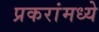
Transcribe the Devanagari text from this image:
प्रकरांमध्ये